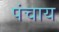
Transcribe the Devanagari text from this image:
पंचाय